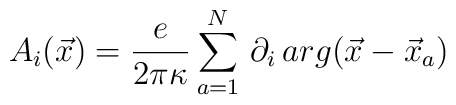
A_i(\vec{x})=\frac{e}{2\pi \kappa}\sum_{a=1}^N\, \partial_i \,arg(\vec{x}-\vec{x}_a)